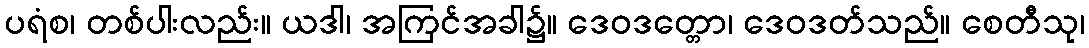
ပရံစ၊ တစ်ပါးလည်း။ ယဒါ၊ အကြင်အခါ၌။ ဒေဝဒတ္တော၊ ဒေဝဒတ်သည်။ စေတီသု၊